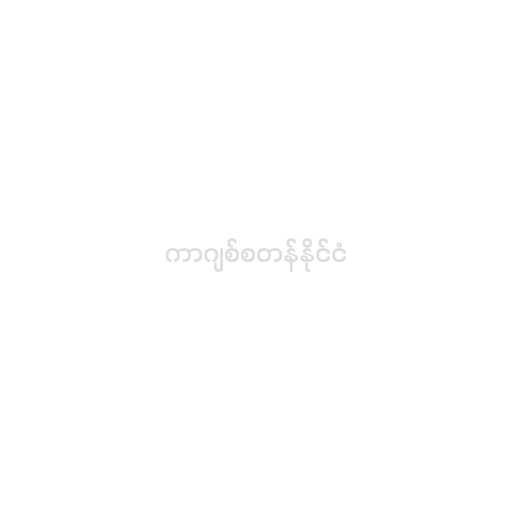
ကာဂျစ်စတန်နိုင်ငံ